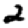
Digit: 2